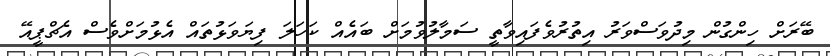
ބޭރަށް ހިންގުން މިދުވަސްވަރު އިތުރުވެފައިވާތީ ސަމާލުވުމަށް ބައެއް ކަހަލަ ފިޔަވަޅުތައް އެޅުމަށްވެސް އެޗްޕީއޭ